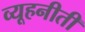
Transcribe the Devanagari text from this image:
व्यूहनीती